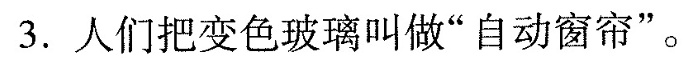
3.人们把变色玻璃叫做”自动窗帘”。